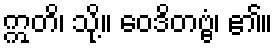
ဣတိ၊ သို့။ ဝေဒိတဗ္ဗံ၊ ၏။